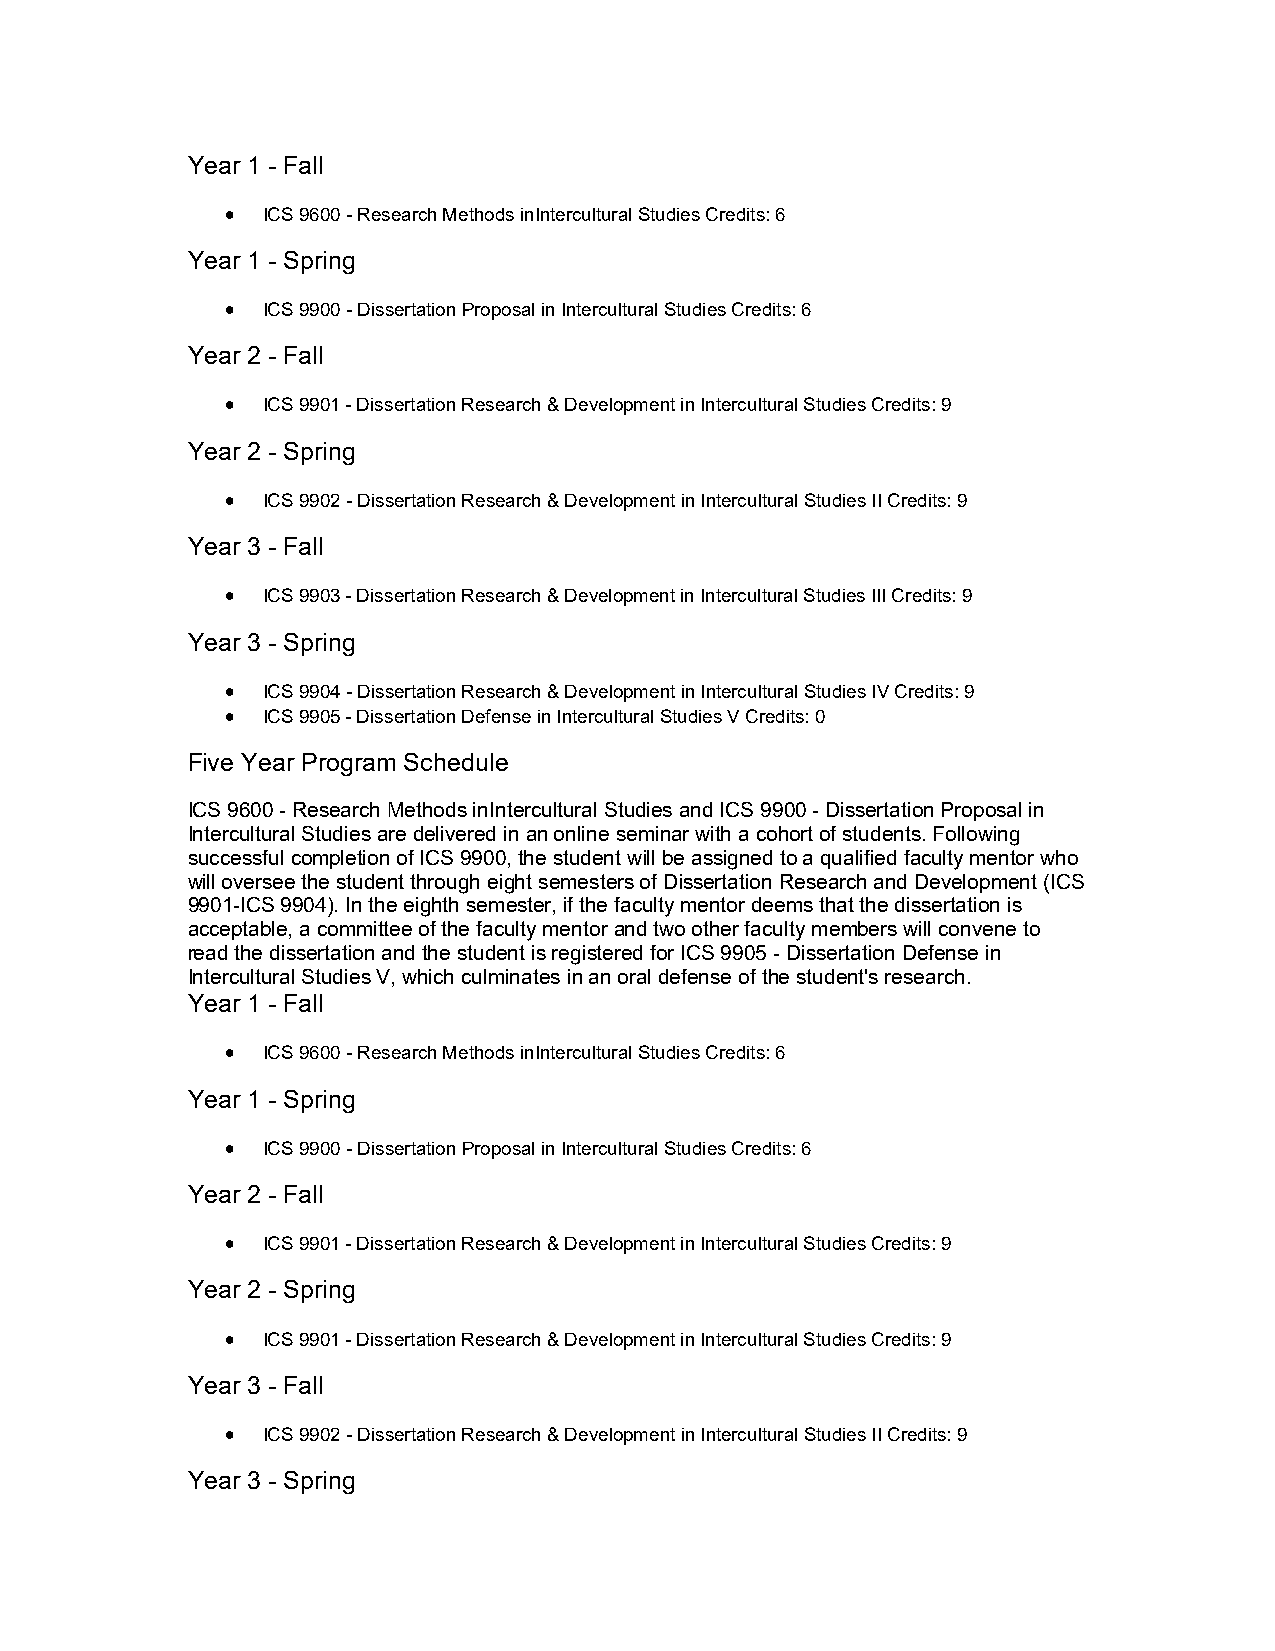
Year 1 - Fall
  ICS 9600 - Research Methods inIntercultural Studies Credits: 6
 Year 1 - Spring
  ICS 9900 - Dissertation Proposal in Intercultural Studies Credits: 6
 Year 2 - Fall
  ICS 9901 - Dissertation Research & Development in Intercultural Studies Credits: 9
 Year 2 - Spring
  ICS 9902 - Dissertation Research & Development in Intercultural Studies II Credits: 9
 Year 3 - Fall
  ICS 9903 - Dissertation Research & Development in Intercultural Studies III Credits: 9
 Year 3 - Spring
  ICS 9904 - Dissertation Research & Development in Intercultural Studies IV Credits: 9
  ICS 9905 - Dissertation Defense in Intercultural Studies V Credits: 0
 Five Year Program Schedule
 ICS 9600 - Research Methods inIntercultural Studies and ICS 9900 - Dissertation Proposal in
 Intercultural Studies are delivered in an online seminar with a cohort of students. Following
 successful completion of ICS 9900, the student will be assigned to a qualified faculty mentor who
 will oversee the student through eight semesters of Dissertation Research and Development (ICS
 9901-ICS 9904). In the eighth semester, if the faculty mentor deems that the dissertation is
 acceptable, a committee of the faculty mentor and two other faculty members will convene to
 read the dissertation and the student is registered for ICS 9905 - Dissertation Defense in
 Intercultural Studies V, which culminates in an oral defense of the student's research.
 Year 1 - Fall
  ICS 9600 - Research Methods inIntercultural Studies Credits: 6
 Year 1 - Spring
  ICS 9900 - Dissertation Proposal in Intercultural Studies Credits: 6
 Year 2 - Fall
  ICS 9901 - Dissertation Research & Development in Intercultural Studies Credits: 9
 Year 2 - Spring
  ICS 9901 - Dissertation Research & Development in Intercultural Studies Credits: 9
 Year 3 - Fall
  ICS 9902 - Dissertation Research & Development in Intercultural Studies II Credits: 9
 Year 3 - Spring